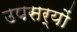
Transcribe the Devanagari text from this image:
उपसर्यों